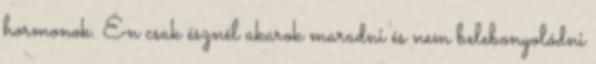
hormonok. Én csak észnél akarok maradni és nem belebonyolódni